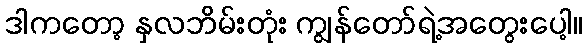
ဒါကတော့ နှလဘိမ်းတုံး ကျွန်တော်ရဲ့အတွေးပေါ့။